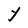
Character: Y